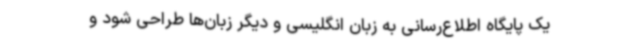
یک پایگاه اطلاع‌رسانی به زبان انگلیسی و دیگر زبان‌ها طراحی شود و